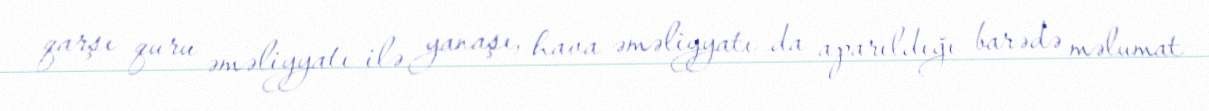
qarşı quru əməliyyatı ilə yanaşı, hava əməliyyatı da aparıldığı barədə məlumat